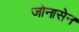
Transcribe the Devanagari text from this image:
जोनासेन